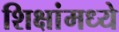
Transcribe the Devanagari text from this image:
शिक्षांमध्ये